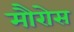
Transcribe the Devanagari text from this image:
मौरोस